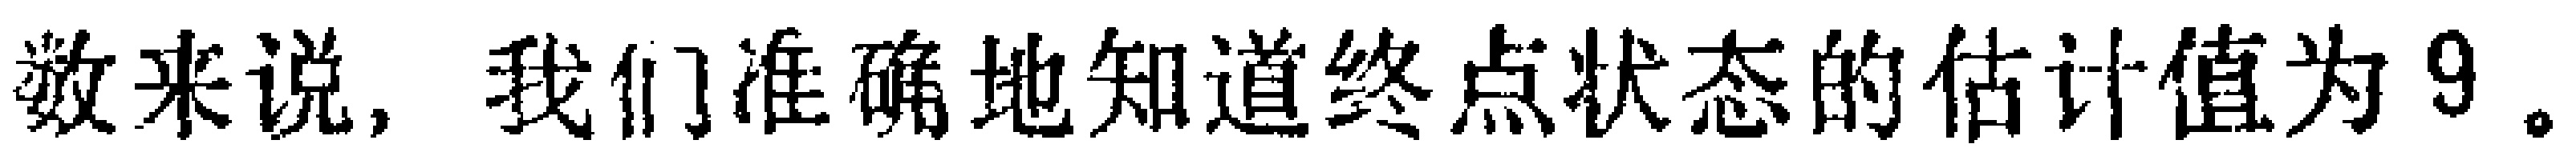
数来说, 我们准确地知道终点状态的估计值为 9。